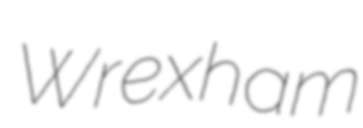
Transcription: Wrexham